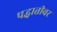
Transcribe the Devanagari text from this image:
पद्धातीवर